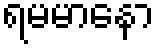
ရမမာနော